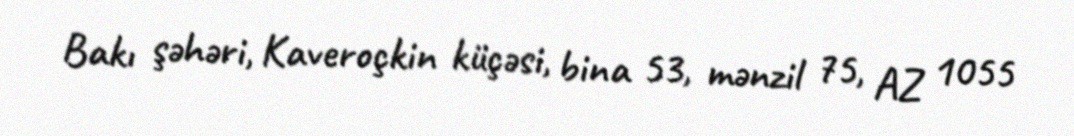
Bakı şəhəri, Kaveroçkin küçəsi, bina 53, mənzil 75, AZ 1055